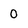
Character: 0